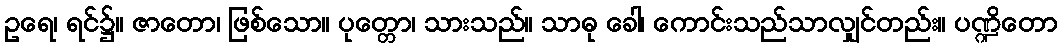
ဥရေ၊ ရင်၌။ ဇာတော၊ ဖြစ်သော။ ပုတ္တော၊ သားသည်။ သာဓု ခေါ၊ ကောင်းသည်သာလျှင်တည်း။ ပဏ္ဍိတော